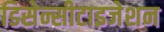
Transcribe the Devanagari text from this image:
डिसेन्सीटाइजेशन